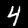
Label: 4